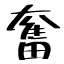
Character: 奮